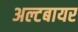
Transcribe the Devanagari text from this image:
अल्टबायर